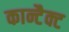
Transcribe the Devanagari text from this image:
कान्टैक्ट